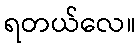
ရတယ်လေ။